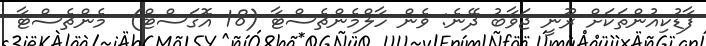
ފާޑުކިއުންތަކަށް ރޫނީ ޖަވާބު ދޭނެ: ވެން ހާލްމެންޗެސްޓާ (18 އޮގަސްޓް)  މެންޗެސްޓާ